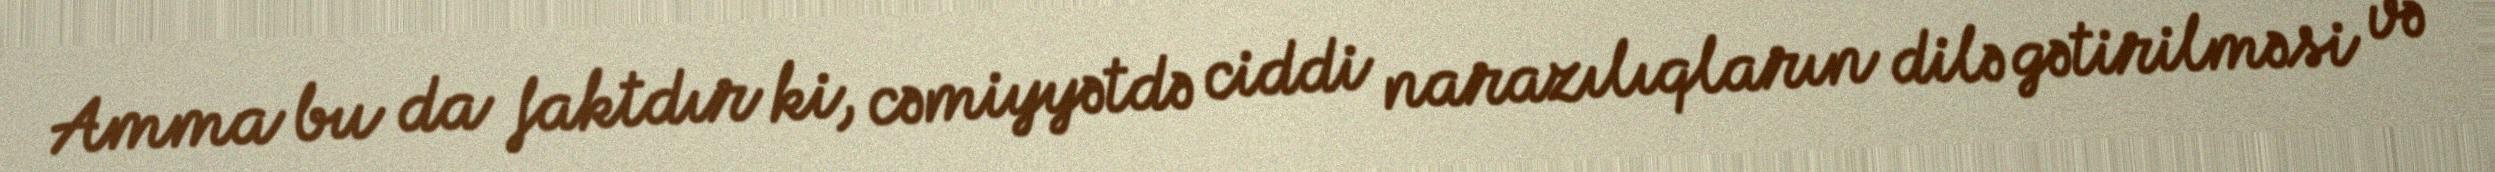
Amma bu da faktdır ki, cəmiyyətdə ciddi narazılıqların dilə gətirilməsi və